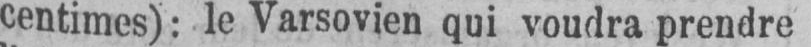
centimes): le Varsovien qui voudra prendre